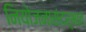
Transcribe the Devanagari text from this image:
नियोजनासंदर्भात